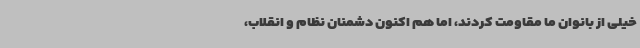
خیلی از بانوان ما مقاومت کردند، اما هم اکنون دشمنان نظام و انقلاب،